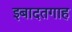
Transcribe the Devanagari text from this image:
इबादतगाह